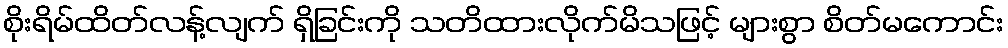
စိုးရိမ်ထိတ်လန့်လျက် ရှိခြင်းကို သတိထားလိုက်မိသဖြင့် များစွာ စိတ်မကောင်း